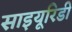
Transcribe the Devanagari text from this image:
साइयूरिडी